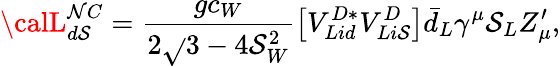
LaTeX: {\calL}_{d\mathcal{S}}^{\mathcal{N}C}=\frac{{gc_{W}}}{{2\sqrt{}{{3-4\mathcal{S}_{W}^{2}}}}}\left[V_{Lid}^{D*}V_{Li\mathcal{S}}^{D}\right]\bar{{d}}_{L}\gamma^{\mu}\mathcal{S}_{L}Z_{\mu}^{\prime},